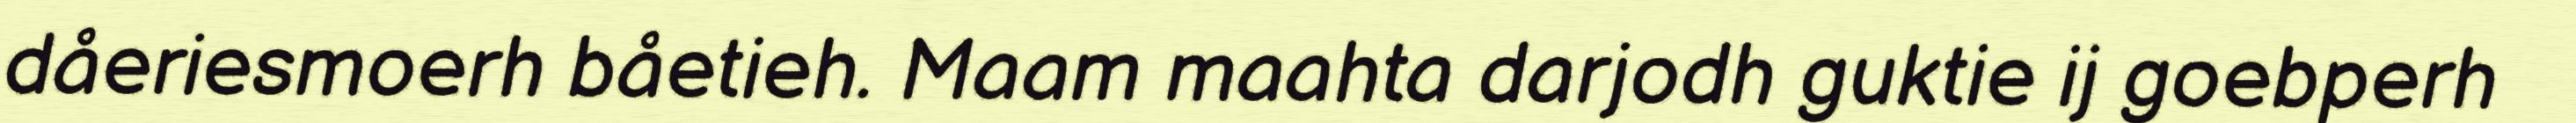
dåeriesmoerh båetieh. Maam maahta darjodh guktie ij goebperh